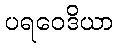
ပရဝေဒိယာ